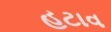
હટાવ